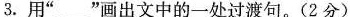
3.用”___”画出文中的一处过渡句。(2分)